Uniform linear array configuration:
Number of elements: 48
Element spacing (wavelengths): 1
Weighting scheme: kaiser
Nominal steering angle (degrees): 60
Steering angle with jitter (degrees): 59.609
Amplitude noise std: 0.05
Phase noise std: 0.05

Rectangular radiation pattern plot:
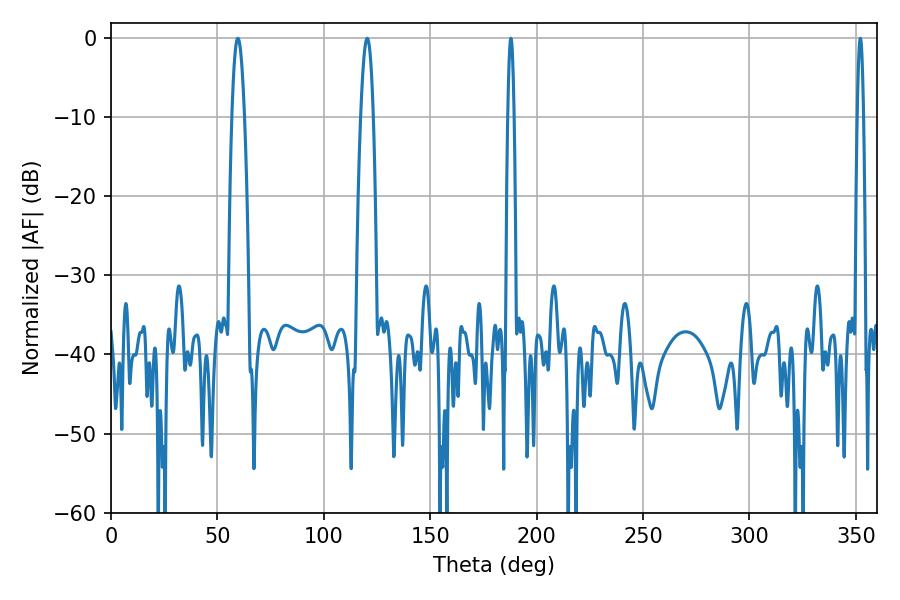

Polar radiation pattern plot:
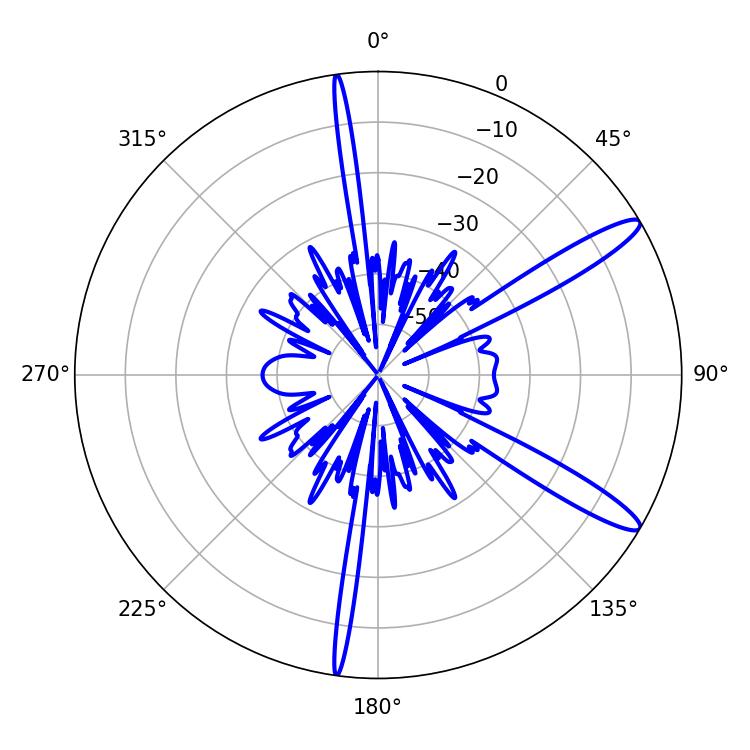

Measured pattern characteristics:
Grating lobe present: TRUE
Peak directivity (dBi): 13.083
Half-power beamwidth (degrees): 3.24
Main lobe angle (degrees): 59.58